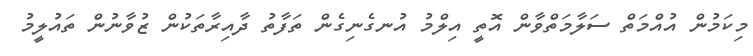
މިކަމުން އުއްމަތް ސަލާމަތްވާން އޮތީ އިލްމު އުނގެނިގެން ތަފާތު ދާއިރާތަކުން ޒުވާނުން ތައުލީމު